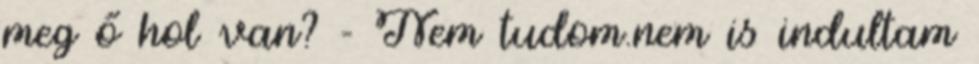
meg ő hol van? - Nem tudom.nem is indultam